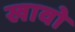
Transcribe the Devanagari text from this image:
खावो